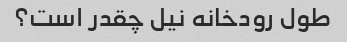
طول رودخانه نیل چقدر است؟